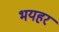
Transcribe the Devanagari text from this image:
भयहर